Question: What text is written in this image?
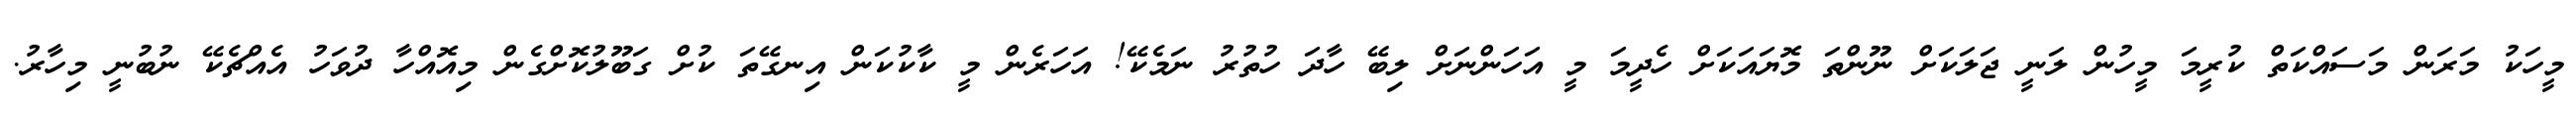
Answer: މީހަކު މަރަން މަސައްކަތް ކުރީމަ މީހުން ލަނީ ޖަލަކަށް ނޫންތަ މޮޔައަކަށް ހެދީމަ މީ އަހަންނަށް ލިބޭ ހާދަ ހުތުރު ނަމެކޭ! އަހަރެން މީ ކާކުކަން އިނގޭތަ ކުށް ގަބޫލުކޮށްގެން މިއޮއްހާ ދުވަހު އެއްޗެކޭ ނުބުނީ މިހާރު.